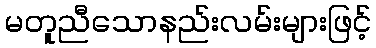
မတူညီသောနည်းလမ်းများဖြင့်